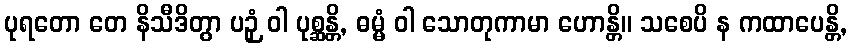
ပုရတော တေ နိသီဒိတွာ ပဉှံ ဝါ ပုစ္ဆန္တိ, ဓမ္မံ ဝါ သောတုကာမာ ဟောန္တိ။ သစေပိ န ကထာပေန္တိ,